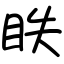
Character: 眣